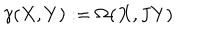
\gamma ( X , Y ) : = \Omega ( X , { \bf J } Y )